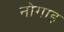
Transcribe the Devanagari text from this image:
नोगाइ